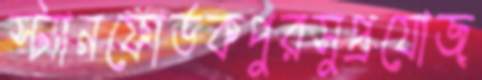
স্ট্যানফোর্ডকপুরসুপ্রযোজ্